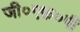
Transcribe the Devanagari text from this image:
जी०एफ़०पी